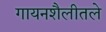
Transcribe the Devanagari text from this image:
गायनशैलीतले